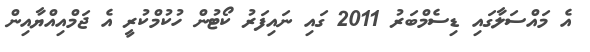
އެ މައްސަލާގައި ޑިސެމްބަރު 2011 ގައި ނައިފަރު ކޯޓުން ހުކުމްކުރީ އެ ޖަމްއިއްޔާއިން